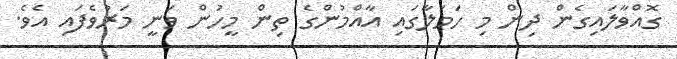
ގޮއްވާލައިގެން ދިން މި ހަމަލާގައި އާއްމުންގެ ތިން މީހުން ވަނީ މަރުވެފައި އެވެ.